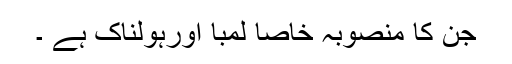
جن کا منصوبہ خاصا لمبا اورہولناک ہے ۔